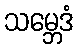
သမ္ဘေဒံ